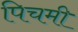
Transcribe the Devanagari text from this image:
पिचमी